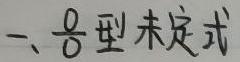
一、$\frac{0}{0}$型未定式